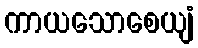
ကာယသောစေယျံ